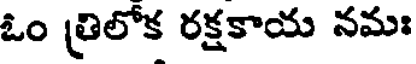
ఓం త్రిలోక రక్షకాయ నమః